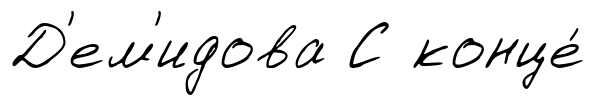
Д'ем'идова С конце́